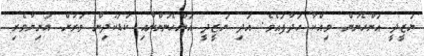
ޔަޒީދީ އަންހެނުން ވިއްކާ ހަދާފައެވެ. އަދި ޔަޒީދީ އަންހެނުންނާއި ކުޑަކުދިން ވަރަށް އަނިޔާވެރި